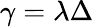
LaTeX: \gamma=\lambda\Delta